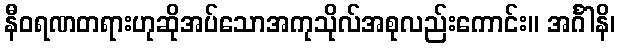
နီဝရဏတရားဟုဆိုအပ်သောအကုသိုလ်အစုလည်းကောင်း။ အင်္ဂါနိ၊